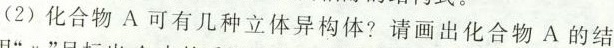
（2）化合物A可有几种例题异构体？请画出化合物A的结